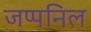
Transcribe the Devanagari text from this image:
जप्पनिल